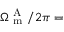
\Omega _ { \mathrm { ~ m ~ } } ^ { \mathrm { ~ A ~ } } / 2 \pi =